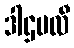
ဒါဌဗလီ